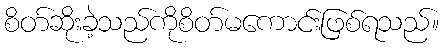
စိတ်ဆိုးခဲ့သည်ကိုစိတ်မကောင်းဖြစ်ရသည်။